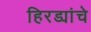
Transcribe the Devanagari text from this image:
हिरड्यांचे